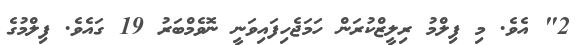
2" އެވެ. މި ފިލްމު ރިލީޒްކުރަން ހަމަޖެހިފައިވަނީ ނޮވެމްބަރު 19 ގައެވެ. ފިލްމުގެ